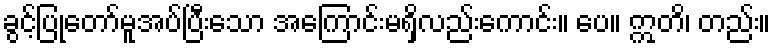
ခွင့်ပြုတော်မူအပ်ပြီးသော အကြောင်းမရှိလည်းကောင်း။ ပေ။ ဣတိ၊ တည်း။